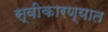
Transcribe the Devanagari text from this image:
स्‍वीकारण्‍यात